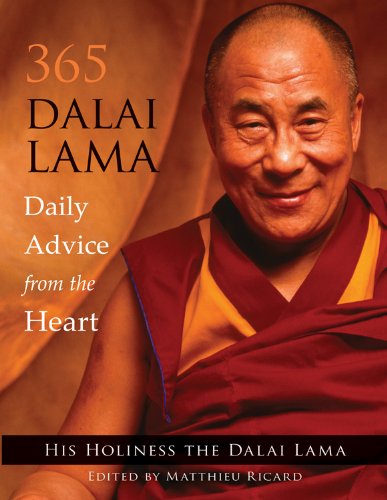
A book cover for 365 Dalai Lama: Daily Advice from the Heart; His Holiness the Dalai Lama; Religion & Spirituality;